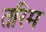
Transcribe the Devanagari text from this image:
तरिम